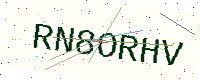
Text: RN8ORHV